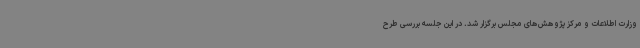
وزارت اطلاعات و مرکز پژوهش‌های مجلس برگزار شد. در این جلسه بررسی طرح